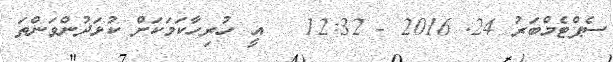
ސެޕްޓެމްބަރު 24